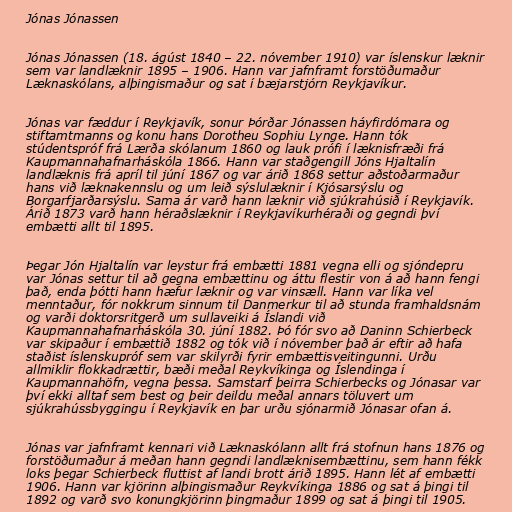
Jónas Jónassen

Jónas Jónassen (18. ágúst 1840 – 22. nóvember 1910) var íslenskur læknir
sem var landlæknir 1895 – 1906. Hann var jafnframt forstöðumaður
Læknaskólans, alþingismaður og sat í bæjarstjórn Reykjavíkur.

Jónas var fæddur í Reykjavík, sonur Þórðar Jónassen háyfirdómara og
stiftamtmanns og konu hans Dorotheu Sophiu Lynge. Hann tók
stúdentspróf frá Lærða skólanum 1860 og lauk prófi í læknisfræði frá
Kaupmannahafnarháskóla 1866. Hann var staðgengill Jóns Hjaltalín
landlæknis frá apríl til júní 1867 og var árið 1868 settur aðstoðarmaður
hans við læknakennslu og um leið sýslulæknir í Kjósarsýslu og
Borgarfjarðarsýslu. Sama ár varð hann læknir við sjúkrahúsið í Reykjavík.
Árið 1873 varð hann héraðslæknir í Reykjavíkurhéraði og gegndi því
embætti allt til 1895.

Þegar Jón Hjaltalín var leystur frá embætti 1881 vegna elli og sjóndepru
var Jónas settur til að gegna embættinu og áttu flestir von á að hann fengi
það, enda þótti hann hæfur læknir og var vinsæll. Hann var líka vel
menntaður, fór nokkrum sinnum til Danmerkur til að stunda framhaldsnám
og varði doktorsritgerð um sullaveiki á Íslandi við
Kaupmannahafnarháskóla 30. júní 1882. Þó fór svo að Daninn Schierbeck
var skipaður í embættið 1882 og tók við í nóvember það ár eftir að hafa
staðist íslenskupróf sem var skilyrði fyrir embættisveitingunni. Urðu
allmiklir flokkadrættir, bæði meðal Reykvíkinga og Íslendinga í
Kaupmannahöfn, vegna þessa. Samstarf þeirra Schierbecks og Jónasar var
því ekki alltaf sem best og þeir deildu meðal annars töluvert um
sjúkrahússbyggingu í Reykjavík en þar urðu sjónarmið Jónasar ofan á.

Jónas var jafnframt kennari við Læknaskólann allt frá stofnun hans 1876 og
forstöðumaður á meðan hann gegndi landlæknisembættinu, sem hann fékk
loks þegar Schierbeck fluttist af landi brott árið 1895. Hann lét af embætti
1906. Hann var kjörinn alþingismaður Reykvíkinga 1886 og sat á þingi til
1892 og varð svo konungkjörinn þingmaður 1899 og sat á þingi til 1905.